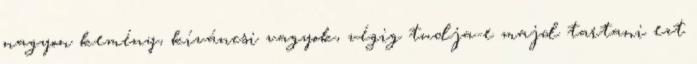
nagyon kemény, kíváncsi vagyok, végig tudja-e majd tartani ezt